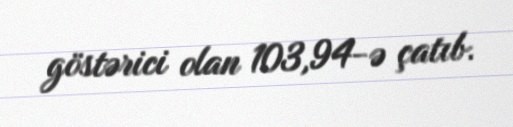
göstərici olan 103,94-ə çatıb.